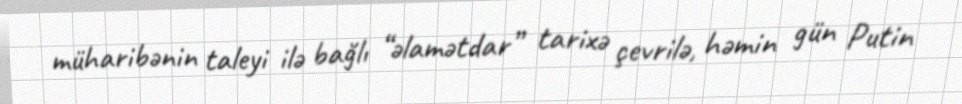
müharibənin taleyi ilə bağlı “əlamətdar” tarixə çevrilə, həmin gün Putin